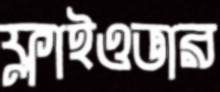
ফ্লাইওভার